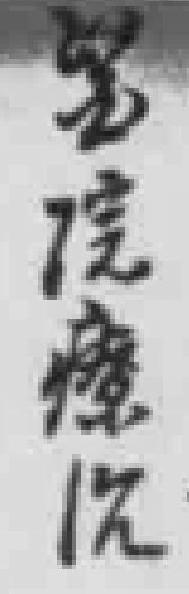
醫院醫治